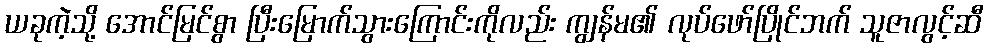
ယခုကဲ့သို့ အောင်မြင်စွာ ပြီးမြောက်သွားကြောင်းကိုလည်း ကျွန်မ၏ လုပ်ဖော်ပြိုင်ဘက် သူဇာလွင့်ဆီ